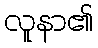
လူနာ၏